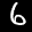
Label: 6